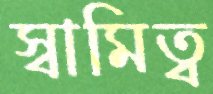
স্বামিত্ব